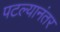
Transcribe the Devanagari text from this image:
पटल्यानंतर